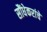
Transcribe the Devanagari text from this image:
सौंधेकरांचे